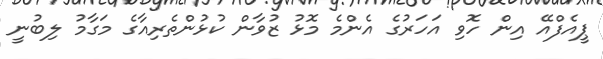
ޕީއެފްއޭ އިން ހޮވި އަހަރުގެ އެންމެ މޮޅު ޒުވާން ކުޅުންތެރިއާގެ މަގާމު ލިބުނީ